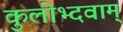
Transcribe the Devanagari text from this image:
कुलोभ्दवाम्